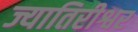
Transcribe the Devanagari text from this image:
ज्यातिरीश्वर